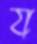
য